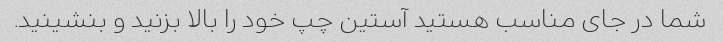
شما در جای مناسب هستید آستین چپ خود را بالا بزنید و بنشینید.